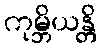
ကုမ္ဘိယန္တိ